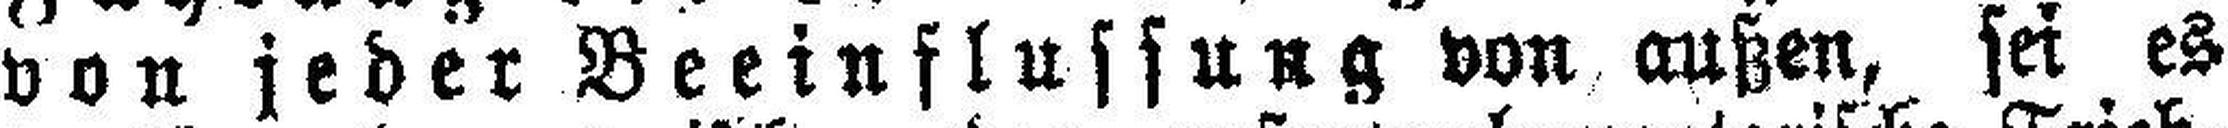
von jeder Beeinflussung von außen, sei es